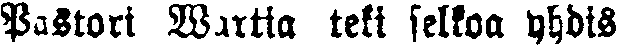
Pustori Wartia teki selkoa yhdis